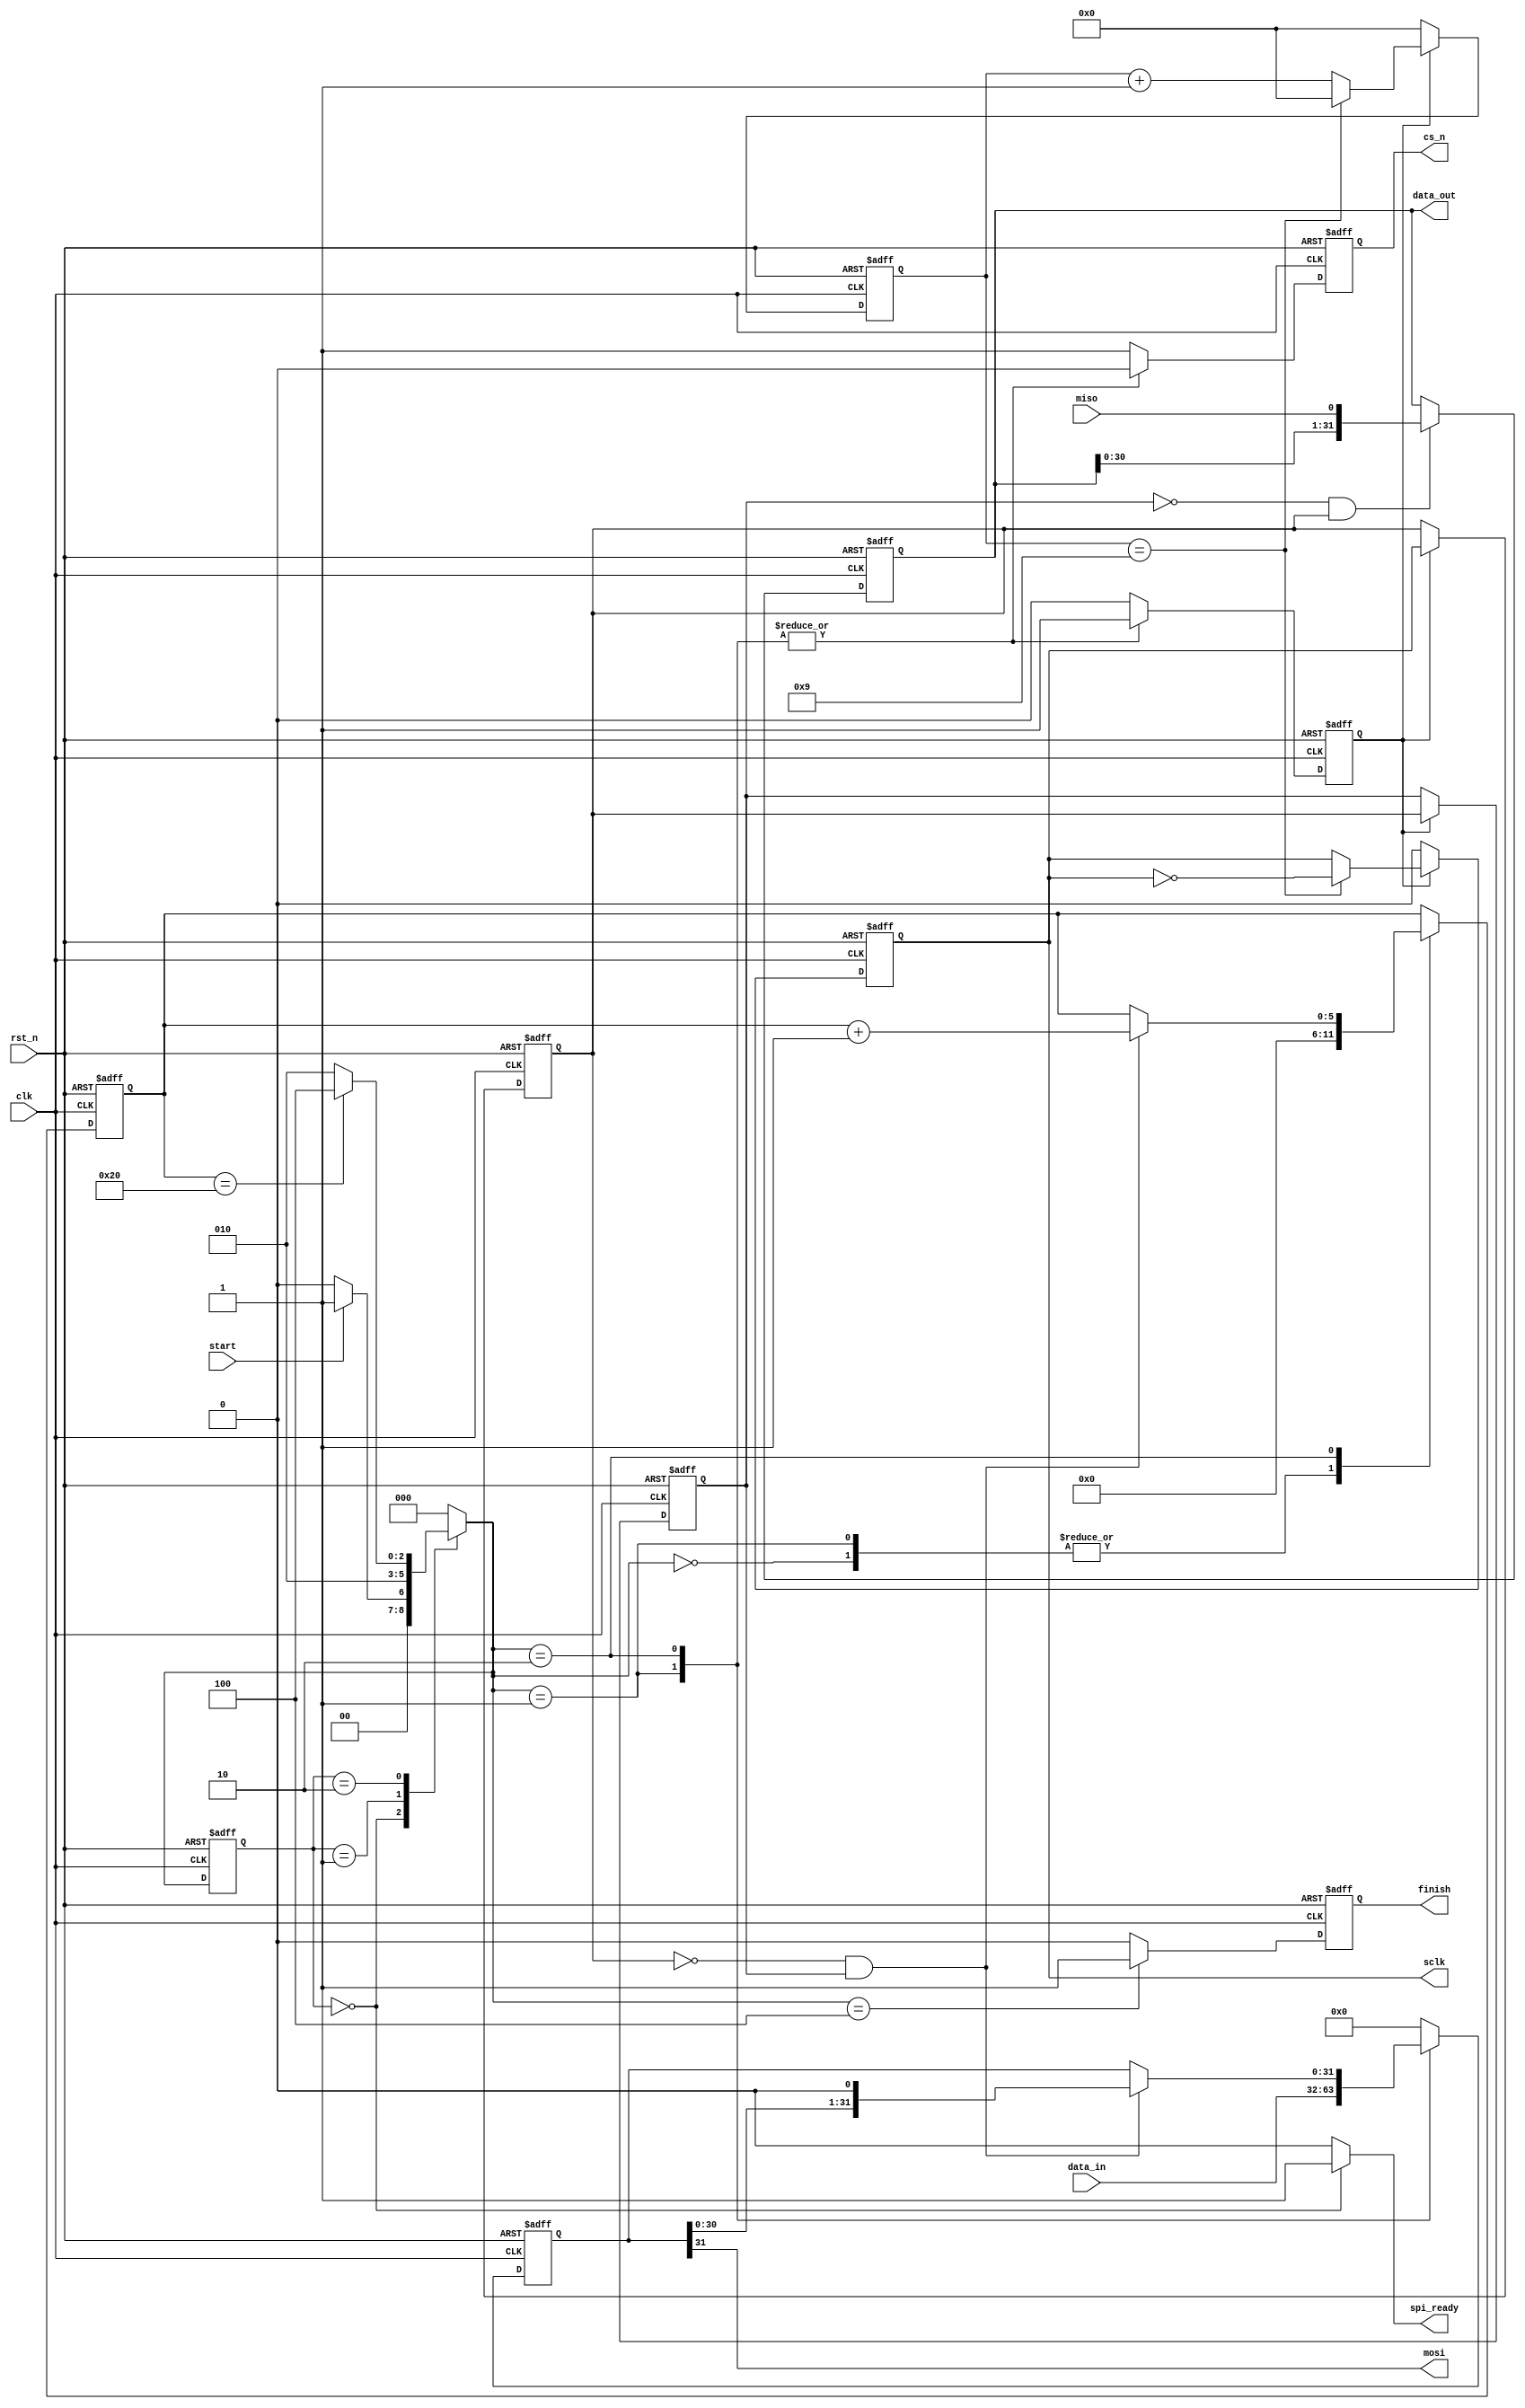
// --------------------------------------------------------------------
// >>>>>>>>>>>>>>>>>>>>>>>>> COPYRIGHT NOTICE <<<<<<<<<<<<<<<<<<<<<<<<<
// --------------------------------------------------------------------
// Github: https://github.com/halftop
// Description: SPI_Master module
// Dependencies: 
// Since: 2019-06-20 11:16:25
// LastEditors: halftop
// LastEditTime: 2019-06-20 11:16:25
// ********************************************************************
// Module Function:
`timescale 1ns/1ps

module spi_master
#(
	parameter	CLK_FREQUENCE	= 50_000_000		,	//system clk frequence
				SPI_FREQUENCE	= 5_000_000			,	//spi clk frequence
				DATA_WIDTH		= 32				,	//serial word length
				CPOL			= 0					,	//SPI mode selection (mode 0 default)
				CPHA			= 0					 	//CPOL = clock polarity, CPHA = clock phase
)
(
	input								clk			,	//system clk
	input								rst_n		,	//system reset
	input		[DATA_WIDTH-1:0]		data_in		,	//the data sent by mosi
	input								start		,	//a pluse to start the SPI transmission
	input								miso		,	//spi bus miso input
	output	reg							sclk		,	//spi bus sclk
	output	reg							cs_n		,	//spi bus slave select line
	output								mosi		,	//spi bus mosi output
	output	reg							finish		,	//a pluse to indicate the SPI transmission finish and the data_out valid
	output	reg [DATA_WIDTH-1:0]		data_out	, 	//the data received by miso,valid when the finish is high

	output								spi_ready		//spi is ready
);

localparam	FREQUENCE_CNT	= CLK_FREQUENCE/SPI_FREQUENCE - 1	,
			SHIFT_WIDTH		= log2(DATA_WIDTH)					,
			CNT_WIDTH		= log2(FREQUENCE_CNT)				;

localparam	IDLE	=	3'b000	,
			LOAD	=	3'b001	,
			SHIFT	=	3'b010	,
			DONE	=	3'b100	;

reg		[2:0]				cstate		;	//FSM current state
reg		[2:0]				nstate		;	//FSM next state
reg							clk_cnt_en	;	//start clk_cnt to generate sclk
reg							sclk_a		;	//sclk register to capture the edge of sclk
reg							sclk_b		;	//sclk register to capture the edge of sclk
wire						sclk_posedge;	//posedge of sclk
wire						sclk_negedge;	//negedge of sclk
wire						shift_en	;	//the signal to enable shift register to generate mosi
wire						sampl_en	;	//the signal to sample the data from miso
reg		[CNT_WIDTH-1:0]		clk_cnt		;	//the counter to generate sclk
reg		[SHIFT_WIDTH-1:0]	shift_cnt	;	//the counter to count the number of shifts
reg		[DATA_WIDTH-1:0]	data_reg	;	//the register to latch the data_in,also the shift register
//the counter to generate the sclk
always @(posedge clk or negedge rst_n) begin
	if (!rst_n) 
		clk_cnt <= 'd0;
	else if (clk_cnt_en) 
		if (clk_cnt == FREQUENCE_CNT) 
			clk_cnt <= 'd0;
		else
			clk_cnt <= clk_cnt + 1'b1;
	else
		clk_cnt <= 'd0;
end
//generate the sclk
always @(posedge clk or negedge rst_n) begin
	if (!rst_n) 
		sclk <= CPOL;
	else if (clk_cnt_en) 
		if (clk_cnt == FREQUENCE_CNT)  	
			sclk <= ~sclk; 
		else 
			sclk <= sclk;
	else
		sclk <= CPOL;
end
//------------------------------------------
//to capture the edge of sclk
always @(posedge clk or negedge rst_n) begin
	if (!rst_n) begin
		sclk_a <= CPOL;
		sclk_b <= CPOL;
	end else if (clk_cnt_en) begin
		sclk_a <= sclk;
		sclk_b <= sclk_a;
	end
end

assign sclk_posedge = ~sclk_b & sclk_a;
assign sclk_negedge = ~sclk_a & sclk_b;
//----------------------------------------
//==============================================
//==============GENERATE BLOCKS=================
generate
	case (CPHA)
		0: assign sampl_en = sclk_posedge;
		1: assign sampl_en = sclk_negedge;
		default: assign sampl_en = sclk_posedge;
	endcase
endgenerate

generate
 	case (CPHA)
		0: assign shift_en = sclk_negedge;
 		1: assign shift_en = sclk_posedge;
		default: assign shift_en = sclk_posedge;
	endcase
endgenerate
//=============================================
//FSM-1
always @(posedge clk or negedge rst_n) begin
	if (!rst_n) 
		cstate <= IDLE;
	else 
		cstate <= nstate;
end
//FSM-2
always @(*) begin
	case (cstate)
		IDLE	: nstate = start ? LOAD : IDLE;
		LOAD	: nstate = SHIFT;
		SHIFT	: nstate = (shift_cnt == DATA_WIDTH) ? DONE : SHIFT;
		DONE	: nstate = IDLE;
		default: nstate = IDLE;
	endcase
end

// Initialize ready signal
assign spi_ready = (cstate == IDLE)? 1'b1:1'b0;

// assign  if(cstate == IDLE)
// 			ready = 1'b1
// 		else
// 			ready = 1'b0


//FSM-3
always @(posedge clk or negedge rst_n) begin
	if (!rst_n) begin
		clk_cnt_en	<= 1'b0	;
		data_reg	<= 'd0	;
		cs_n		<= 1'b1	;
		shift_cnt	<= 'd0	;
		finish <= 1'b0	;
	end else begin
		case (nstate)
			IDLE	: begin
				clk_cnt_en	<= 1'b0	;
				data_reg	<= 'd0	;
				cs_n		<= 1'b1	;
				shift_cnt	<= 'd0	;
				finish 		<= 1'b0	;
			end
			LOAD	: begin
				clk_cnt_en	<= 1'b1		;
				data_reg	<= data_in	;
				cs_n		<= 1'b0		;
				shift_cnt	<= 'd0		;
				finish 		<= 1'b0		;
			end
			SHIFT	: begin
				if (shift_en) begin
					shift_cnt	<= shift_cnt + 1'b1 ;
					data_reg	<= {data_reg[DATA_WIDTH-2:0],1'b0};
				end else begin
					shift_cnt	<= shift_cnt	;
					data_reg	<= data_reg		;
				end
				clk_cnt_en	<= 1'b1	;
				cs_n		<= 1'b0	;
				finish 		<= 1'b0	;
			end
			DONE	: begin
				clk_cnt_en	<= 1'b0	;
				data_reg	<= 'd0	;
				cs_n		<= 1'b1	;
				data_reg	<= 'd0	;
				finish 		<= 1'b1	;
			end
			default	: begin
				clk_cnt_en	<= 1'b0	;
				data_reg	<= 'd0	;
				cs_n		<= 1'b1	;
				data_reg	<= 'd0	;
				finish 		<= 1'b0	;
			end
		endcase
	end
end
//mosi output MSB first
assign mosi = data_reg[DATA_WIDTH-1];
//sample data from the miso line
always @(posedge clk or negedge rst_n) begin
	if (!rst_n) 
		data_out <= 'd0;
	else if (sampl_en) 
		data_out <= {data_out[DATA_WIDTH-1:0],miso};
	else
		data_out <= data_out;
end
//the function to get the width of data 
function integer log2(input integer v);
  begin
	log2=0;
	while(v>>log2) 
	  log2=log2+1;
  end
endfunction

endmodule